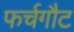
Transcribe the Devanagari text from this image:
फर्चगौट